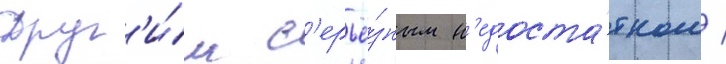
Друг'и́м с'ерьё́зным н'едоста́тком /